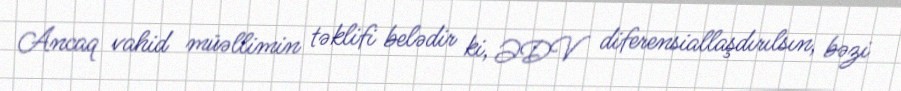
Ancaq vahid müəllimin təklifi belədir ki, ƏDV diferensiallaşdırılsın, bəzi